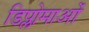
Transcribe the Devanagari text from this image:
डिप्लोमाओं